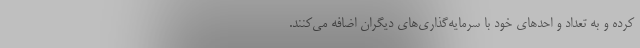
کرده و به تعداد و احدهای خود با سرمایه‌گذاری‌های دیگران اضافه می‌کنند.